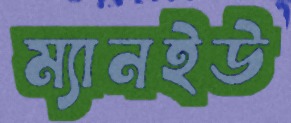
ম্যানইউ